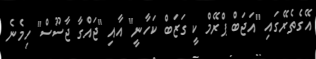
އޭގެތެރޭގައި "އަޖަބް ޕްރޭމް ކީ ގަޒަބް ކަހާނީ" އާއި "ޖައްގާ ޖާސޫސް" ހިމެނެ